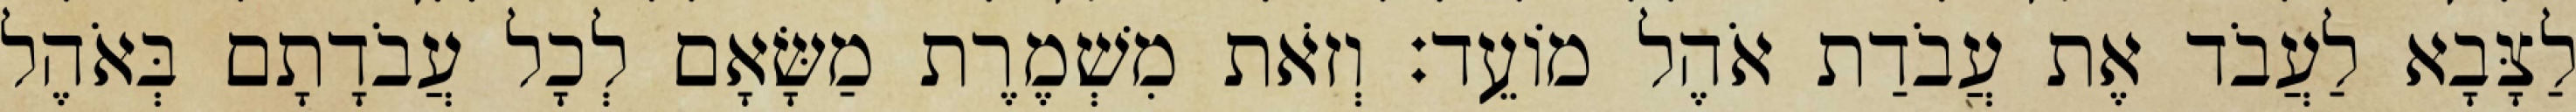
לַצָּבָא לַעֲבֹד אֶת עֲבֹדַת אֹהֶל מוֹעֵד׃ וְזֹאת מִשְׁמֶרֶת מַשָּׂאָם לְכָל עֲבֹדָתָם בְּאֹהֶל